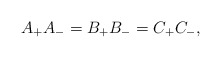
\begin{align*}A_{+}A_{-}=B_{+}B_{-}=C_{+}C_{-},\end{align*}